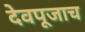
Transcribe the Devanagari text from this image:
देवपूजाच